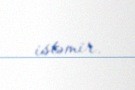
istəmir.